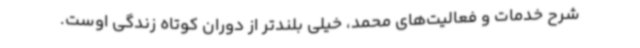
شرح خدمات و فعالیت‌های محمد، خیلی بلندتر از دوران کوتاه زندگی اوست.